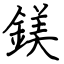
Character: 鎂